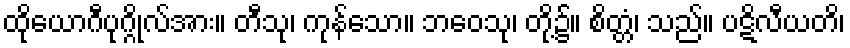
ထိုယောဂီပုဂ္ဂိုလ်အား။ တီသု၊ ကုန်သော။ ဘဝေသု၊ တို့၌။ စိတ္တံ၊ သည်။ ပဋိလီယတိ၊